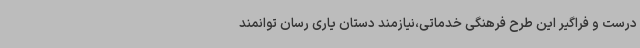
درست و فراگیر این طرح فرهنگی خدماتی،نیازمند دستان یاری رسان توانمند